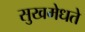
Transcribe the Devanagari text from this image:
सुखमेधते